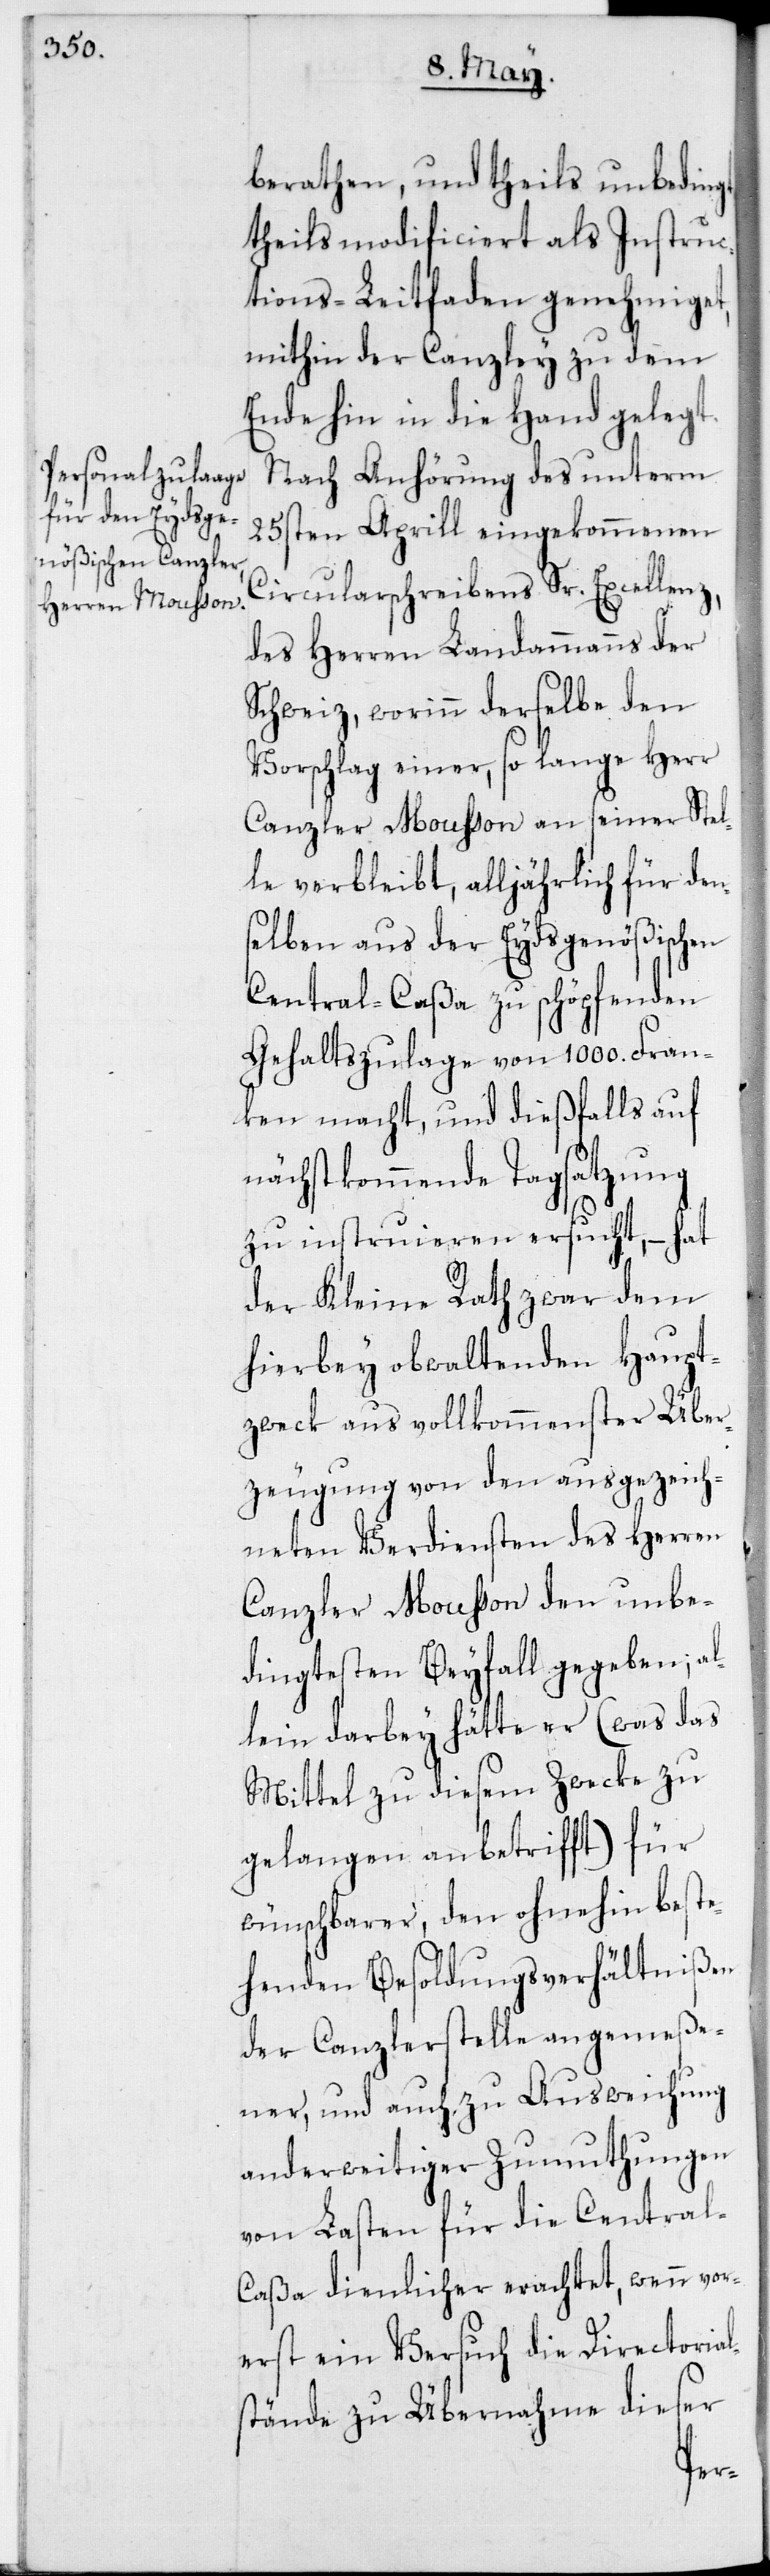
berathen, und theils unbedingt,
theils modificiert als Instruc¬
tions-Leitfaden genehmiget,
mithin der Canzley zu dem
Ende in die Hand gelegt.
Nach Anhörung des unterm
25sten Aprill eingekommenen
Circularschreibens Sr. Excellen¬
des Herren Landammanns der
Schweiz, worinn derselbe den
Vorschlag einer, so lange Herr
Canzler Mousson an seiner Stel¬
le verbleibt, alljährlich für den¬
selben aus der Eydsgenößischen
Central-Caßa zu schöpfenden
Gehaltszulage von 1000. Fran¬
ken macht, und dießfalls auf
nächstkommende Tagsatzung
zu instruieren ersucht, – hat
der Kleine Rath zwar dem
hierbey obwaltenden Haupt¬
zweck aus vollkommenster Über¬
zeugung von den ausgezeich¬
neten Verdiensten des Herren
Canzler Mousson den unbe¬
dingtesten Beyfall gegeben; al¬
lein darbey hätte er (was das
Mittel zu diesem Zwecke zu
gelangen anbetrifft) für
wünschbarer, den ohnehin beste¬
henden Besoldungsverhältnißen
der Canzlerstelle angemeße¬
ner, und auch zu Ausweichung
anderweitiger Zumuthungen
von Lasten für die Central-C¬
aßa dienlicher erachtet, wenn vor¬
erst ein Versuch die Directorial¬
stände zu Übernahme dieser
z,